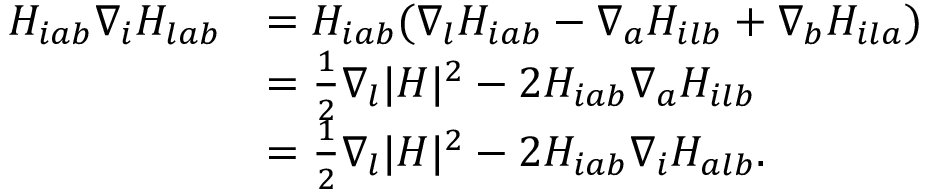
\begin{array} { r l } { H _ { i a b } \nabla _ { i } H _ { l a b } } & { = H _ { i a b } ( \nabla _ { l } H _ { i a b } - \nabla _ { a } H _ { i l b } + \nabla _ { b } H _ { i l a } ) } \\ & { = \frac { 1 } { 2 } \nabla _ { l } | H | ^ { 2 } - 2 H _ { i a b } \nabla _ { a } H _ { i l b } } \\ & { = \frac { 1 } { 2 } \nabla _ { l } | H | ^ { 2 } - 2 H _ { i a b } \nabla _ { i } H _ { a l b } . } \end{array}